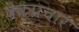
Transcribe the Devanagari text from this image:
वक्प्रचार